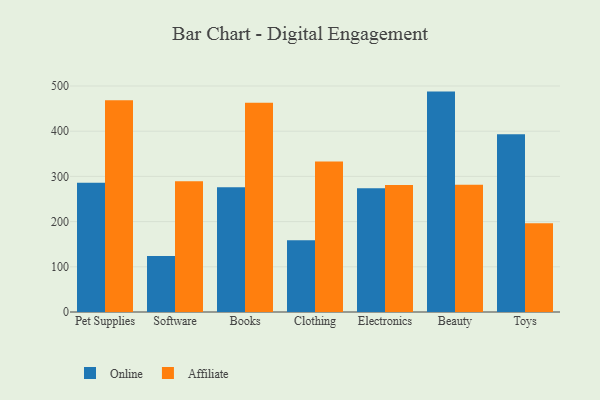
{"axis": {"x": "Category", "y": "Waste Production (Tons)"}, "legend": ["Affiliate", "Online"], "data": [{"x": "Pet Supplies", "y": 285.7, "type": "Online"}, {"x": "Pet Supplies", "y": 468.5, "type": "Affiliate"}, {"x": "Software", "y": 123.7, "type": "Online"}, {"x": "Software", "y": 289.3, "type": "Affiliate"}, {"x": "Books", "y": 276.0, "type": "Online"}, {"x": "Books", "y": 462.7, "type": "Affiliate"}, {"x": "Clothing", "y": 158.5, "type": "Online"}, {"x": "Clothing", "y": 333.0, "type": "Affiliate"}, {"x": "Electronics", "y": 273.7, "type": "Online"}, {"x": "Electronics", "y": 281.2, "type": "Affiliate"}, {"x": "Beauty", "y": 487.6, "type": "Online"}, {"x": "Beauty", "y": 281.6, "type": "Affiliate"}, {"x": "Toys", "y": 393.3, "type": "Online"}, {"x": "Toys", "y": 196.2, "type": "Affiliate"}]}